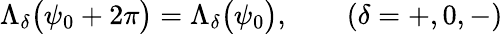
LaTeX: \Lambda_{\delta}\bigl(\psi_{0}+2\pi\bigr)=\Lambda_{\delta}\bigl(\psi_{0}\bigr),\qquad(\delta=+,0,-)